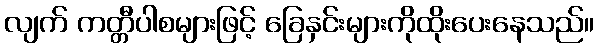
လျက် ကတ္တီပါစများဖြင့် ခြေနှင်းများကိုထိုးပေးနေသည်။